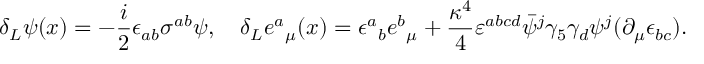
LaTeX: \delta _ { L } \psi ( x ) = - { \frac { i } { 2 } } \epsilon _ { a b } \sigma ^ { a b } \psi , \quad \delta _ { L } { e ^ { a } } _ { \mu } ( x ) = \epsilon { ^ a } _ { b } e { ^ b } _ { \mu } + { \frac { \kappa ^ { 4 } } { 4 } } \varepsilon ^ { a b c d } \bar { \psi } { ^ j } \gamma _ { 5 } \gamma _ { d } \psi { ^ j } ( \partial _ { \mu } \epsilon _ { b c } ) .